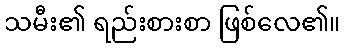
သမီး၏ ရည်းစားစာ ဖြစ်လေ၏။